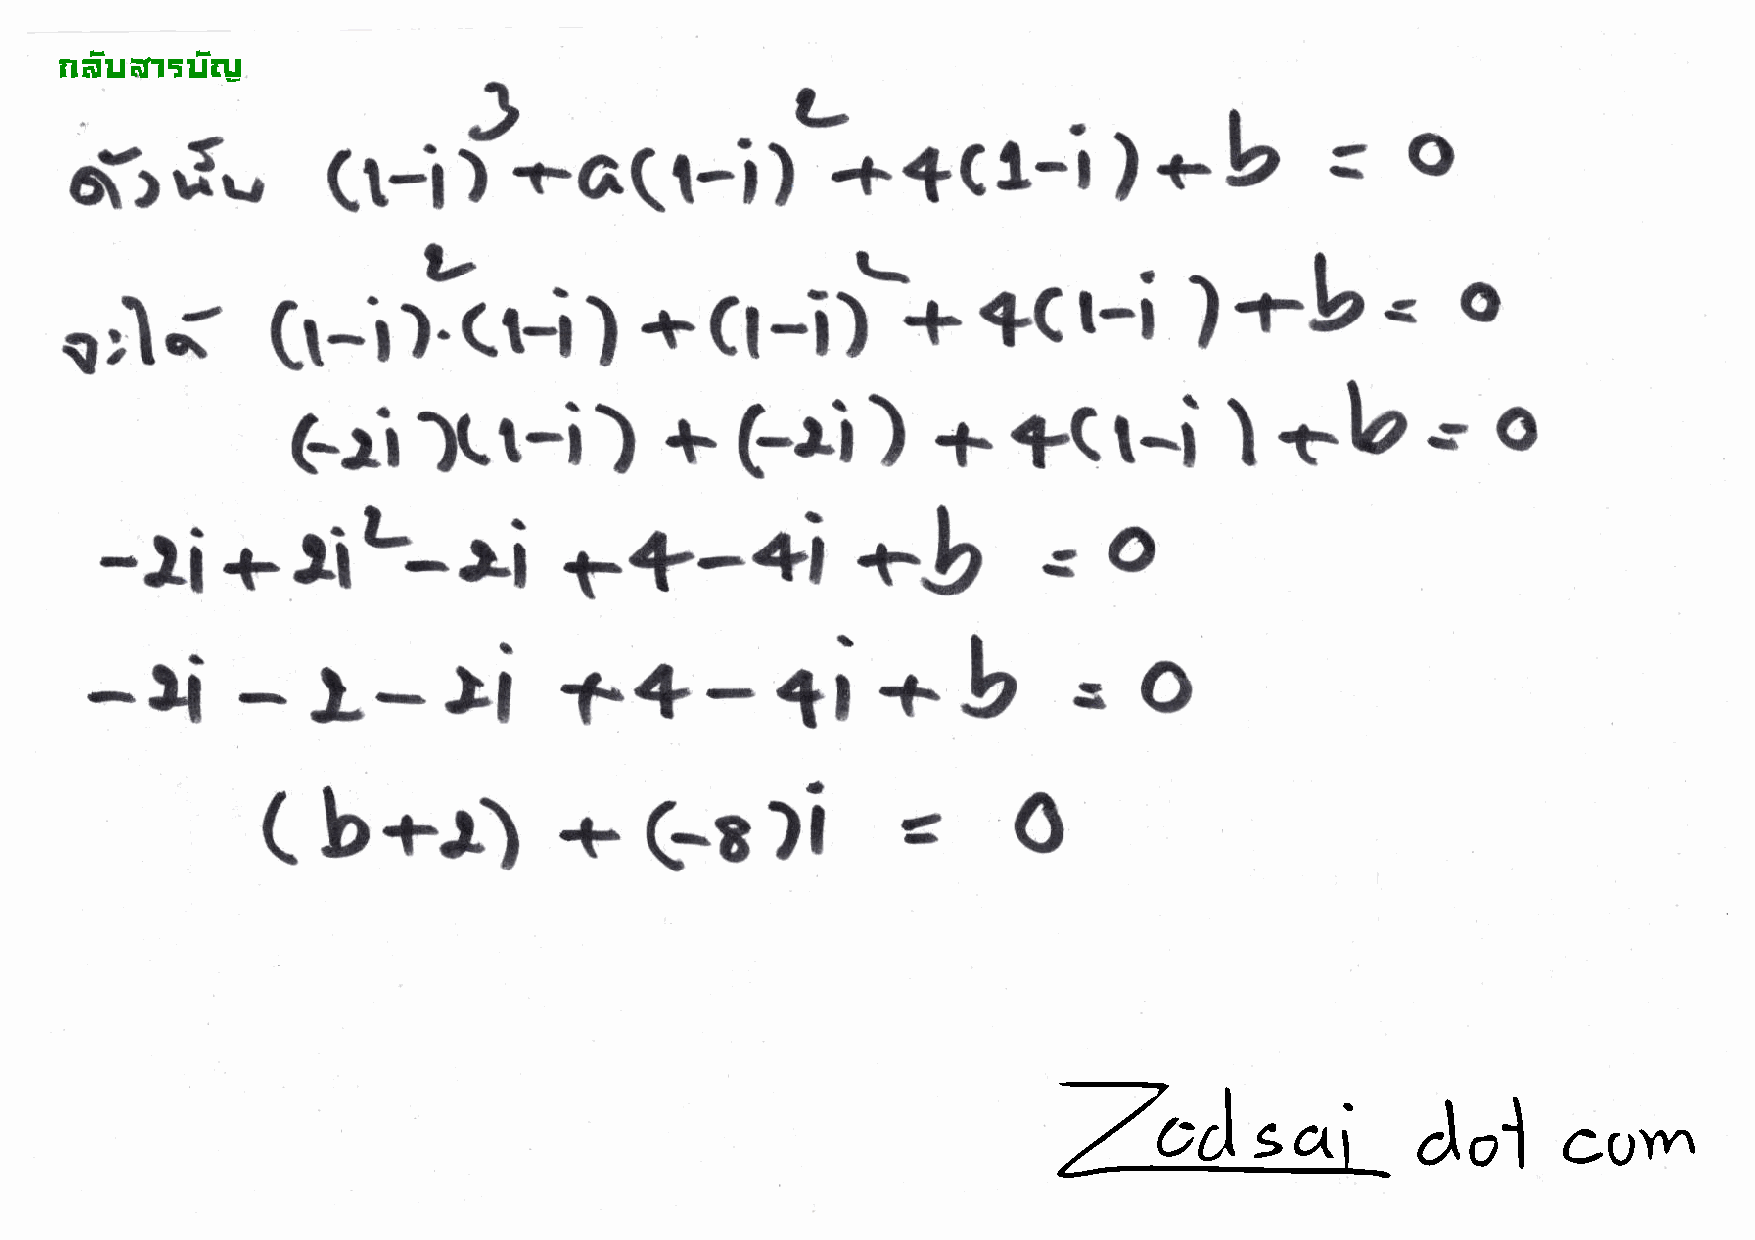
!"#$%&'$#(
 )                 _L
 .  )*b=o
 fr.f.,           (t-i        +6(t-i)              +*Cl-t
 )-
 v\
 i)*b
 ri{                                   +(t-i)
 +    *Ct-t
 Cr-i)-(r-i)
 +fir-i             l+bs
 Geilt-i)                 +Frr)                                                  o
 +IiL-li
 -li                                               o.b             o
 1-t-+i                          s
 r-       )i     f+-ti                +b           I
 -li
 o
 -
 +Grli
 (   b+r)                            a      =
 O